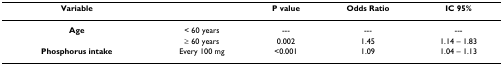
| Variable |  | P value | Odds Ratio | IC 95% |
 | --- | --- | --- | --- | --- |
 | Age | < 60 years | --- | --- | --- |
 |  | ≥ 60 years | 0.002 | 1.45 | 1.14 – 1.83 |
 | Phosphorus intake | Every 100 mg | <0.001 | 1.09 | 1.04 – 1.13 |